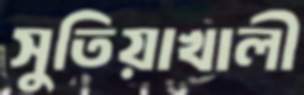
সুতিয়াখালী